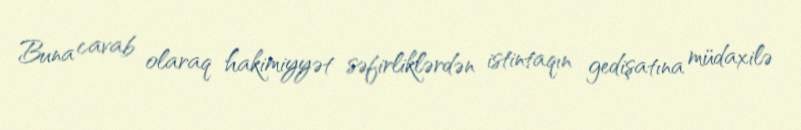
Buna cavab olaraq hakimiyyət səfirliklərdən istintaqın gedişatına müdaxilə